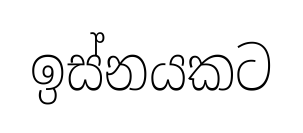
ඉස්නයකට